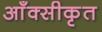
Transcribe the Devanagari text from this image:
आँक्सीकृत